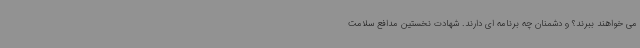
می خواهند ببرند؟ و دشمنان چه برنامه ای دارند. شهادت نخستین مدافع سلامت